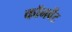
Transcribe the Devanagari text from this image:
कॉनवेंट